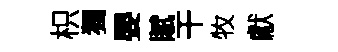
枳獨嬰賦干牧獻